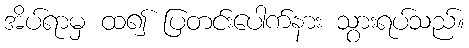
အိပ်ရာမှ ထ၍ ပြတင်းပေါက်နား သွားရပ်သည်။